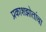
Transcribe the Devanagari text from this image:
प्रकाशझोतांचा